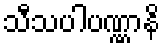
သီသပါပဏ္ဏာနိ